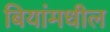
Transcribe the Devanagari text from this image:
बियांमधील